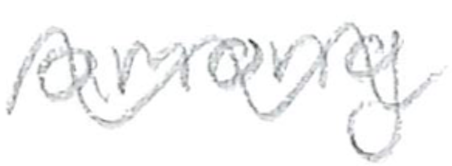
Text: among
Cross-out: wave
Writing tool: pencil